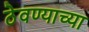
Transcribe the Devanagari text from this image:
ठेवण्‍याच्‍या